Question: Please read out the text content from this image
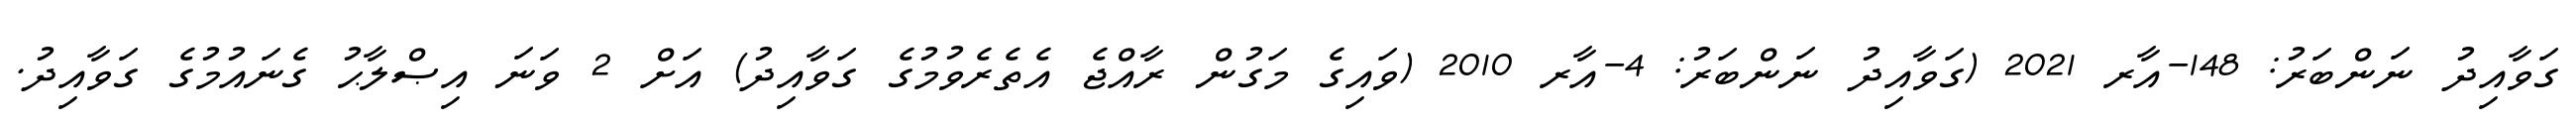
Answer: ގަވާއިދު ނަންބަރު: 148-އާރ 2021 (ގަވާއިދު ނަންބަރު: 4-އާރ 2010 (ވައިގެ މަގުން ރާއްޖެ އެތެރެވުމުގެ ގަވާއިދު) އަށް 2 ވަނަ އިޞްލާޙު ގެނައުމުގެ ގަވާއިދު.